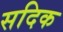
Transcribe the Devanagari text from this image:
सदिक